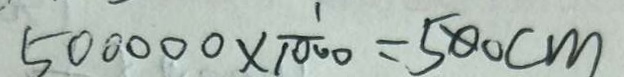
5 0 0 0 0 0 \times \frac { 1 } { 1 0 0 0 } = 5 0 0 c m